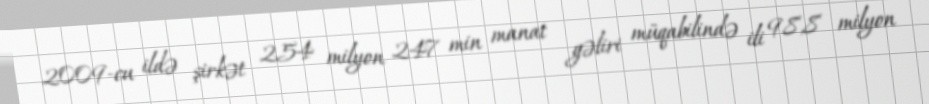
2009-cu ildə şirkət 254 milyon 247 min manat gəliri müqabilində ili 98,8 milyon